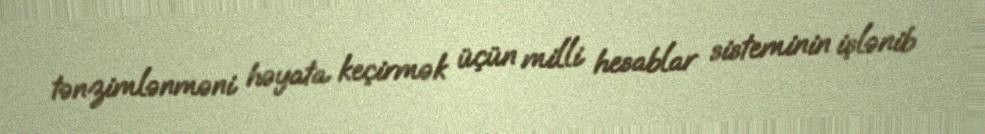
tənzimlənməni həyata keçirmək üçün milli hesablar sisteminin işlənib